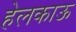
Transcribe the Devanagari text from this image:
हेलकाऊ